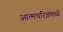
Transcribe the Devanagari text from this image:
आत्मचरित्रांमध्ये